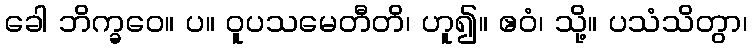
ခေါ ဘိက္ခဝေ။ ပ။ ဝူပသမေတီတိ၊ ဟူ၍။ ဧဝံ၊ သို့။ ပသံသိတွာ၊